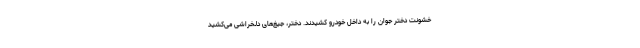
خشونت دختر جوان را به داخل خودرو کشیدند. دختر، جیغ‌های دلخراشی می‌کشید